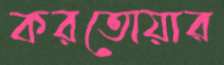
করতোয়ার